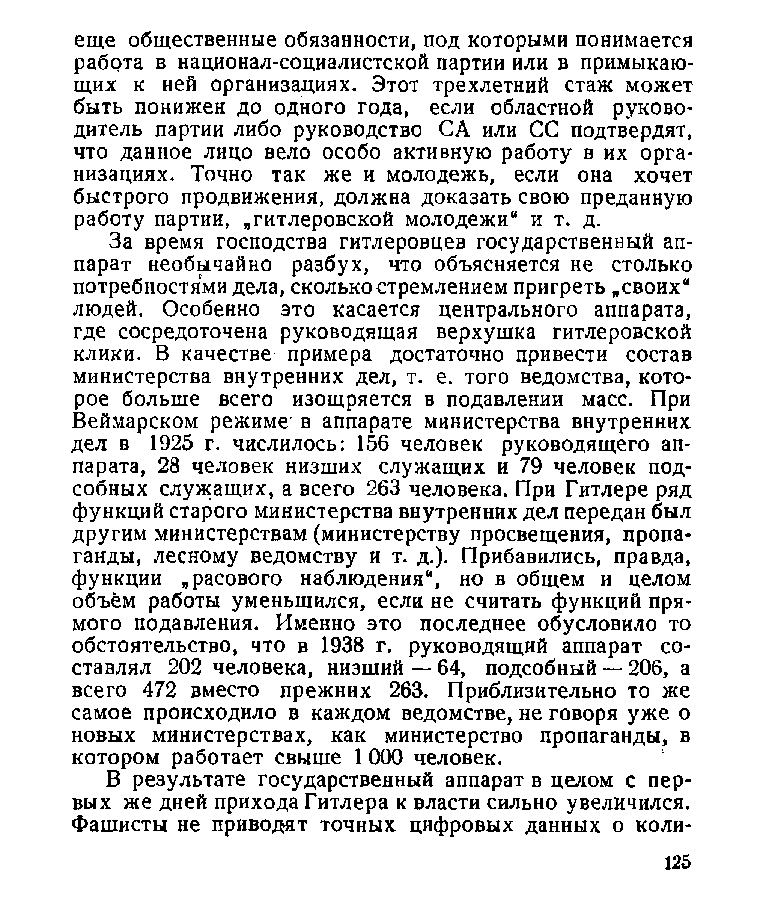
еще общественные обязанности, под которыми понимается
 работа в национал-социалистской партии или в примыкаю­
 щих к ней организациях. Этот трехлетний стаж может
 быть понижен до одного года, если областной руково­
 дитель партии либо руководство СА или СС подтвердят,
 что данное лицо вело особо активную работу в их орга­
 низациях. Точно так же и молодежь, если она хочет
 быстрого продвижения, должна доказать свою преданную
 работу партии, „гитлеровской молодежи“ и т. д.
 За время господства гитлеровцев государственный ап­
 парат необычайно разбух, что объясняется не столько
 потребностями дела, сколько стремлением пригреть „своих“
 людей. Особенно это касается центрального аппарата,
 где сосредоточена руководящая верхушка гитлеровской
 клики. В качестве примера достаточно привести состав
 министерства внутренних дел, т. е. того ведомства, кото­
 рое больше всего изощряется в подавлении масс. При
 Веймарском режиме в аппарате министерства внутренних
 дел в 1925 г. числилось: 156 человек руководящего ап­
 парата, 28 человек низших служащих и 79 человек под­
 собных служащих, а всего 263 человека. При Гитлере ряд
 функций старого министерства внутренних дел передан был
 другим министерствам (министерству просвещения, пропа­
 ганды, лесному ведомству и т. д.). Прибавились, правда,
 функции „расового наблюдения“, но в общем и целом
 объём работы уменьшился, если не считать функций пря­
 мого подавления. Именно это последнее обусловило то
 обстоятельство, что в 1938 г. руководящий аппарат со­
 ставлял 202 человека, низший — 64, подсобный — 206, а
 всего 472 вместо прежних 263. Приблизительно то же
 самое происходило в каждом ведомстве, не говоря уже о
 новых министерствах, как министерство пропаганды, в
 котором работает свыше 1 000 человек.
 В результате государственный аппарат в целом с пер­
 вых же дней прихода Гитлера к власти сильно увеличился.
 Фашисты не приводят точных цифровых данных о коли­
 125